Medical and sanitary report of the native army of Madras for the year
Year: 1872
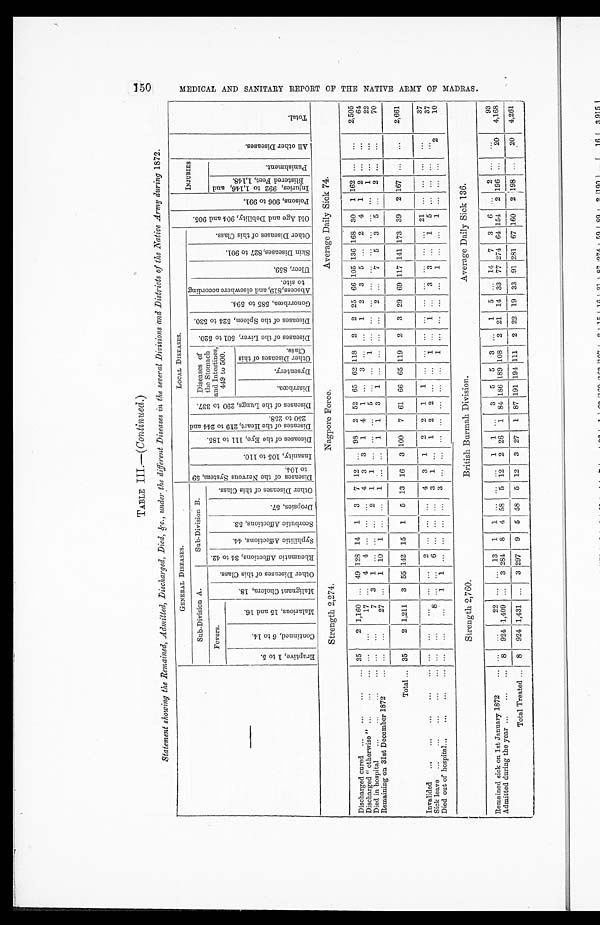
TABLE III.—(Continued.)
Statement showing the Remained, Admitted, Discharged, Died, &c., under the different Diseases in the several Divisions and Districts of the Native Army during 1 8 7 2 .
——
GENERAL DISEASES.
LOCAL DISEASES.
O l d A g e a n d D e b i l i t y , 9 0 4 a n d 9 0 5 .
P o i s o n s , 9 0 6 t o 9 9 1 .
INJURIES
A l l o t h e r D i s e a s e s .
Total.
Sub-Division A.
S u b - D i v i s i o n B .
D i s e a s e s o f t h e N e r v o u s S y s t e m , 5 9
t o 104.
I n s a n i t y , 1 0 5 t o 1 1 0 .
D i s e a s e s o f t h e E y e , 1 1 1 t o 1 8 5 .
D i s e a s e s o f t h e H e a r t , 2 1 9 t o 2 4 4 a n d
250 t o 258.
D i s e a s e s o f t h e L u n g s , 2 9 0 t o 3 3 7 .
Diseases of
the Stomach
and Intestines,
449 to 500.
D i s e a s e s o f t h e L i v e r , 5 0 1 t o 5 2 0 . D i s e a s e s o f t h e S p l e e n , 5 2 4 t o 5 3 0 .
G o n o r r h œ a , 5 8 5 t o 5 9 4 .
A b s c e s s , 8 1 9 , a n d e l s e w h e r e a c c o r d i n g
to Site.
Ul cer , 859.
S k i n D i s e a s e s , 8 2 7 t o 9 0 1 .
O t h e r D i s e a s e s o f t h i s C l a s s .
Fevers.
M a l i g n a n t C h o l e r a , 1 8 .
O t h e r D i s e a s e s o f t h i s C l a s s .
R h e u m a t i c A f f e c t i o n s , 3 4 t o 4 2 . S y p h i l i t i c A f f e c t i o n s , 4 4 .
S c o r b u t i c A f f e c t i o n s , 5 3 .
Dr o p s i e s , 5 7 .
O t h e r D i s e a s e s o f t h i s C l a s s .
I n j u r i e s , 9 9 2 t o 1 , 1 4 6 a n d
B l i s t e r e d F e e t , 1 , 1 4 8 .
P u n i s h m e n t .
Er u p t i v e , 1 t o 5 .
C o n t i n u e d , 6 t o 1 4 .
M a l a r i o u s , 1 5 a n d 1 6 .
Di ar r hœa. D y s e n t e r y .
O t h e r D i s e a s e s o f t h i s
Cl a s s .
Strength 2,274.
Nagpore Force.
Average Daily Sick 74.
Discharged cured ...
...
... 35
2 1,160 ... 49 128 14
1
3
7 12 ...
98
2 52 65 62 118
2
2 25 66 105 136 168 30
1 162 ...
...
2,505
Discharged "otherwise" ...
...
... ...
...
17 ...
4
4 ...
... ...
4
3
3
1
4
1
...
3 ... ...
1
2
3
5 ...
2
4
1
2 ...
...
64
Died in hospital
...
...
...
... ...
...
7
3
1 ... ...
...
2
1
1 ... ...
...
5 ... ...
1 ... ...
... ... ...
... ... ...
...
1 ...
...
22
Remaining on 31st December 1872
... ...
...
27 ...
1 10
1 ... ...
1 ... ...
1
1
3
1 ... ... ... ...
2 ...
7
5
3
5 ...
2 ... ...
70
Total ... 35
2 1,211
3 55 142 15
1
5 13 16
3 100
7 61 66 65 119
2
3 29 69 117 141 173 39
2 167 ...
...
2,661
Invalided
...
...
...
...
... ...
...
...
... ...
2
...
... ...
4
3
1
2
2
1
1 ... ... ... ... ... ... ...
...
... 21 ...
... ...
...
37
Sick leave
...
...
...
...
... ...
...
8 ... ...
6 ...
... ...
3
1 ...
1
2
2 ... ...
l ...
1 ...
3
3 ...
1
5 ... ... ...
...
37
Died out of hospital...
...
...
... ...
... ...
1
1 ... ...
... ...
3 ...
... ... ... ... ... ...
1 ... ... ... ...
1 ... ...
1 ...
... ...
2
10
Strength 2,760.
British Burmah Division.
Average Daily Sick 136.
Remained sick on 1st January 1872
... ...
...
22 ... ... 13
1
1 ... ... ...
1
1 ...
3
5
5
3 ...
1
5 ... 14
7
3
6 ...
2 ...
...
93
Admitted during the year ...
...
... 8
924 1,409 ...
3 284
8
4 58
5 12
2 26
1 84 186 189 108
2 21 14 33 77 274 64 154
2 196 ...
20
4,168
Total Treated ...
8
924 1,431 ...
3
297
9
5 58 5
12
3 27
1 87 191 194 111
2 22 19 33 91 281 67 160
2 198 ...
20
4,261
150
M E D I C A L A N D S A N I T A R Y R E P O R T O F T H E N A T I V E A R M Y O F M A D R A S .